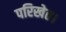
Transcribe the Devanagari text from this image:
परिखेत।